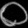
Digit: ၀